Vaccination in Burma 1912-1922 - 1912-1922
Year: 1912
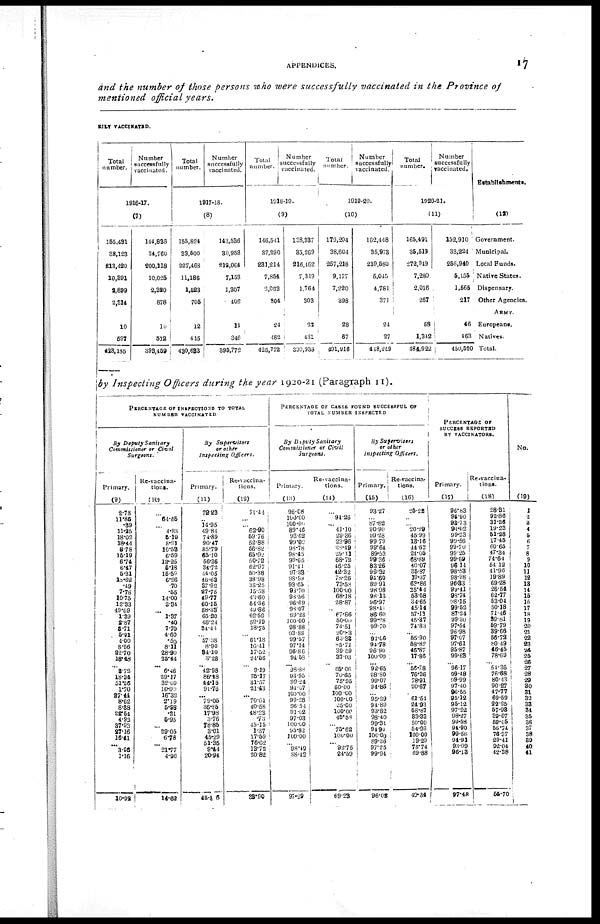
APPENDICES.
17
and the number of those persons who were successfully vaccinated in the Province of
mentioned official years.
RILY VACCINATED.
Total
number.
Number
successfully
vaccinated.
1916-17.
(7)
155,431
38,123
213,420
10,391
2,899
2,314
10
597
423,135
144,836
34,760
200,118
10,025
2,320
878
10
512
393,459
Total
number.
Number
successfully
vaccinated.
1917-18.
(8)
155,824
33,500
227,468
11,186
1,523
705
12
415
430,633
143,536
30,953
212,064
7,153
1,307
402
11
346
395,772
Total
number.
Number
successfully
vaccinated.
1918-19.
(9)
146,541
37,290
231,214
7,854
2,053
304
24
482
425,772
138,337
35,269
216,462
7,319
1,764
303
23
431
300,938
Total
number.
Number
successfully
vaccinated.
1919-20.
(10)
179,204
38,604
257,218
9,177
7,220
398
28
67
491,916
162,448
35,973
239,580
5,045
4,781
371
24
27
448,249
Total
number.
Number
successfully
vaccinated.
1920-21.
(11)
165,491
35,519
272,949
7,280
2,016
267
58
1,342
484,922
152,910
33,224
256,940
5,155
1,565
217
46
463
450,520
Establishments.
(12)
Government.
Municipal.
Local Funds.
Native States.
Dispensary.
Other Agencies.
ARMY.
Europeans.
Natives.
Total.
by Inspecting Officers during the year 1920-21 (Paragraph 11).
PERCENTAGE OF INSPECTING TO TOTAL
NUMBER VACCINATED
By Deputy Sanitary
Commissioner or Civil
Surgeons.
Primary.
(9)
2.78
11.88
.39
11.25
18.02
18.44
8.78
15.19
6.74
6.47
5.31
18.62
.49
7.78
10.75
12.33
49.69
1.39
2.87
3.71
5.91
4.00
8.56
22.70
18.48
...
3.72
18.34
51.56
1.70
27.44
8.62
8.38
22.54
4.93
37.93
27.16
16.41
...
3.96
1.16
10.92
Re-vaccina-
tions.
(10)
...
64.55
...
4.88
5.19
8.91
10.58
6.59
13.25
5.18
15.59
6.26
.70
.55
14.00
3.34
...
1.37
.40
7.70
4.60
.50
8.11
28.90
25.44
...
6.46
29.17
32.00
10.00
16.33
2.19
5.98
.21
5.95
...
29.05
6.78
...
21.77
4.90
14.62
By
Supervisors
or other
Inspecting
Officers.
Primary.
(11)
72.23
...
14.95
49.84
74.89
90.47
85.79
65.10
56.36
34.72
14.05
46.63
37.92
27.75
49.77
60.15
58.33
65.20
48.24
34.44
...
57.38
8.90
84.10
3.28
...
42.98
86.18
44.15
91.76
...
79.05
36.85
17.98
3.76
78.85
3.01
45.29
51.35
9.44
20.94
45.86
Re-vaccina-
tions.
(12)
71.44
...
...
62.90
59.76
52.88
66.82
65.02
50.72
62.97
50.38
38.98
38.25
15.58
48.60
54.36
43.86
62.59
52.19
18.75
...
61.18
16.41
17.52
24.56
...
9.19
75.17
31.57
21.43
...
70.61
40.58
48.23
.73
45.15
1.37
17.59
16.02
13.72
20.82
38.90
PERCENTAGE OF CASES FOUND SUCCESSFUL OF
TOTAL NUMBER INSPECTED
By Deputy Sanitary
Commissioner or Civil
Surgeons.
Primary.
(13)
96.08
100.00
100.00.
89.46
93.62
99.00
98.78
98.45
99.65
91.41
97.33
98.99
93.65
98.70
98.56
96.69
98.07
89.23
100.00
98.88
93.88
99.57
97.14
96.86
94.58
... 98.88
93.95
99.24
94.07
100.00
99.28
96.51
91.02
97.03
100.00
95.82
100.00
...
98.49
88.42
97.29
Re-vaccina-
tions.
(14)
...
94.26
...
41.10
29.36
23.96
28.19
29.72
68.72
46.25
42.32
78.26
73.58
100.00
68.18
28.87
... 67.86
50.00
74.51
20.33
68.32
85.71
39.59
37.93
...
65.06
70.65
75.95
60.00
100.00
100.00
25.00
100.00
45.58
...
75.62
100.00
... 92.75
24.59
69.23
By Supervisers
or other
Inspecting Officers.
Primary.
(15)
93.27
...
87.82
90.90
99.28
99.79
99.64
89.53
99.36
83.26
99.32
94.60
89.91
98.98
98.13
96.97
98.41
86.60
99.28
99.70
... 91.06
94.78
96.90
100.00
...
92.65
98.80
99.07
94.86
...
95.29
94.89
93.82
98.40
99.31
94.90
100.00
89.36
97.25
99.94
96.02
Re-vaccina-
tions.
(16)
25.23
...
...
20.29
45.99
13.16
44.62
24.05
68.89
40.07
35.87
19.37
63.86
25.44
53.58
34.65
45.14
57.13
45.27
74.83
... 55.90
58.82
46.87
17.86
... 56.78
76.36
78.91
90.67
...
61.54
24.93
58.87
33.33
50.00
54.93
100.00
19.29
78.74
69.88
49.34
PERCENTAGE OF
SUCCESS REPORTED
BY VACCINATORS.
Primary.
(17)
96.83
96.90
93.73
94.02
99.23
90.56
99.70
99.25
99.69
96.11
98.53
98.98
96.33
99.41
98.74
98.15
99.52
87.24
99.30
97.54
96.98
97.07
97.61
95.87
99.63
...
96.17
99.48
99.99
97.40
96.55
95.12
95.12
97.22
98.27
99.58
94.90
99.56
94.91
93.09
96.13
97.48
Re-vaccina-
tions.
(18)
28.83
92.86
31.26
19.23
51.28
17.45
60.65
47.34
74.64
54.12
41.96
19.89
69.28
26.54
62.77
53.04
50.18
71.46
39.81
59.79
39.66
56.72
80.49
46.45
78.69
...
54.36
76.68
80.43
90.27
47.77
69.59
22.25
57.93
39.07
59.05
56.74
76.37
29.41
92.04
42.38
55.70
No.
(19)
1
2
3
4
5
6
7
8
9
10
11
12
13
14
15
16
17
18
19
20
21
22
23
24
25
26
27
28
29 30
31
32
33
34
35
36
37
38
39
40
41